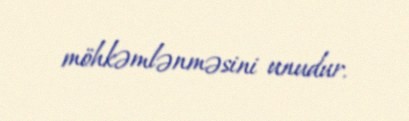
möhkəmlənməsini unudur.